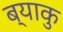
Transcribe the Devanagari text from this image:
ब्याकु